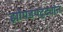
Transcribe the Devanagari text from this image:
झोपडपट्ट्यांत